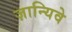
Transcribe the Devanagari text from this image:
ज़ान्यिवे